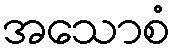
အသောစံ